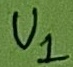
Text: U1